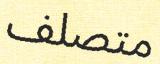
متصلف